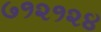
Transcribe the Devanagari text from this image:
७१२१२४